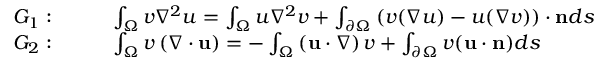
\begin{array} { r l } { G _ { 1 } : } & { \quad \quad \int _ { \Omega } v \nabla ^ { 2 } u = \int _ { \Omega } u \nabla ^ { 2 } v + \int _ { \partial \Omega } \left( v ( \nabla u ) - u ( \nabla v ) \right) \cdot \mathbf { n } d s \ } \\ { G _ { 2 } : } & { \quad \quad \int _ { \Omega } v \left( \nabla \cdot \mathbf { u } \right) = - \int _ { \Omega } \left( \mathbf { u } \cdot \nabla \right) v + \int _ { \partial \Omega } v ( \mathbf { u } \cdot \mathbf { n } ) d s } \end{array}